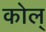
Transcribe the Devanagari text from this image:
कोल्